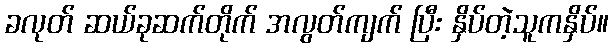
ခလုတ် ဆယ်ခုဆက်တိုက် အလွတ်ကျက် ပြီး နှိပ်တဲ့သူကနှိပ်။